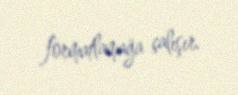
formatlamağa çalışır.